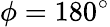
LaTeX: \phi=180^{\circ}